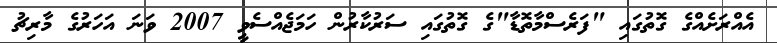
އެއްރަށެއްގެ ގޮތުގައި "ފަރެސްމާތޮޑާ"ގެ ގޮތުގައި ސަރުކާރުން ހަމަޖެއްސެވީ 2007 ވަނަ އަހަރުގެ މާރިޗު